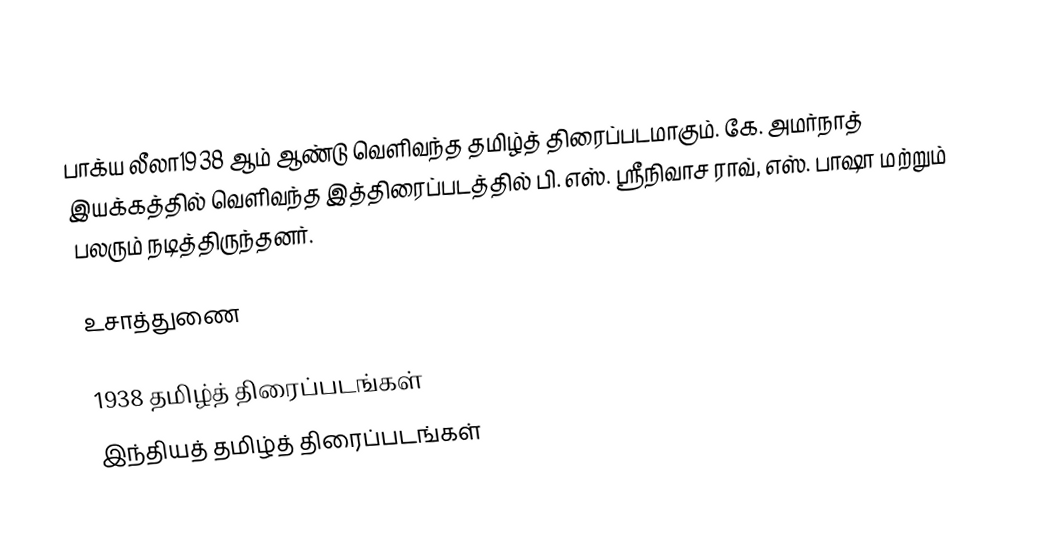
பாக்ய லீலா1938 ஆம் ஆண்டு வெளிவந்த தமிழ்த் திரைப்படமாகும். கே. அமர்நாத் இயக்கத்தில் வெளிவந்த இத்திரைப்படத்தில் பி. எஸ். ஸ்ரீநிவாச ராவ், எஸ். பாஷா மற்றும் பலரும் நடித்திருந்தனர்.

உசாத்துணை

1938 தமிழ்த் திரைப்படங்கள்
இந்தியத் தமிழ்த் திரைப்படங்கள்